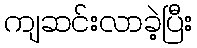
ကျဆင်းလာခဲ့ပြီး